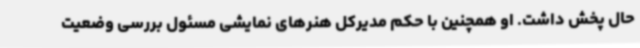
حال پخش داشت. او همچنین با حکم مدیرکل هنرهای نمایشی مسئول بررسی وضعیت